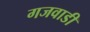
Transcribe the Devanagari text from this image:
गजवाडी